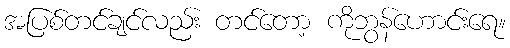
အပြစ်တင်ချင်လည်း တင်တော့ ကိုဘွန်ဟောင်းရေ။